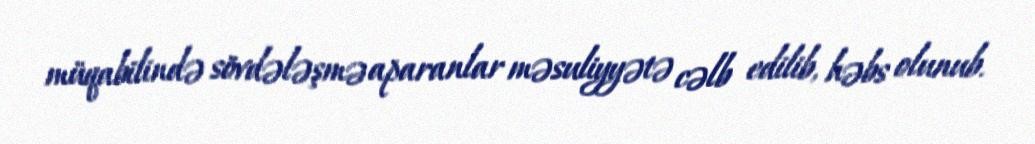
müqabilində sövdələşmə aparanlar məsuliyyətə cəlb edilib, həbs olunub.